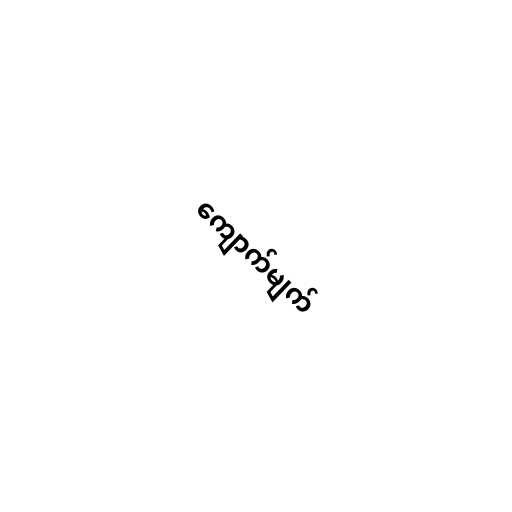
ကျောက်မျက်